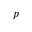
p